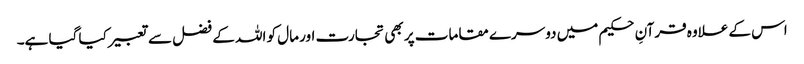
اس کے علاوہ قرآنِ حکیم میں دوسرے مقامات پر بھی تجارت اور مال کو اللہ کے فضل سے تعبیر کیا گیا ہے۔